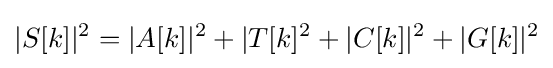
|S[k]|^{2}=|A[k]|^{2}+|T[k]^{2}+|C[k]|^{2}+|G[k]|^{2}